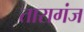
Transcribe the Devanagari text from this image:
तारागंज